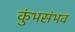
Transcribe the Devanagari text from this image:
कुंभसंभव